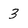
Character: 3